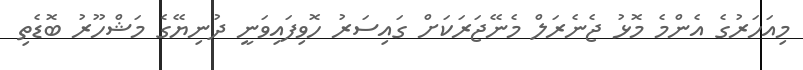
މިއަހަރުގެ އެންމެ މޮޅު ޖެނެރަލް މެނޭޖަރަކަށް ގައިސަރު ހޮވިފައިވަނީ ދުނިޔޭގެ މަޝްހޫރު ބޮޑެތި